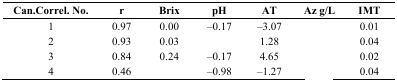
<table><thead><tr><td><b>Can.Correl. No.</b></td><td><b>r</b></td><td><b>Brix</b></td><td><b>pH</b></td><td><b>AT</b></td><td><b>Az g/L</b></td><td><b>IMT</b></td></tr></thead><tbody><tr><td>1</td><td>0.97</td><td>0.00</td><td>‒0.17</td><td>‒3.07</td><td>[EMPTY_CELL]</td><td>0.01</td></tr><tr><td>2</td><td>0.93</td><td>0.03</td><td>[EMPTY_CELL]</td><td>1.28</td><td>[EMPTY_CELL]</td><td>0.04</td></tr><tr><td>3</td><td>0.84</td><td>0.24</td><td>‒0.17</td><td>4.65</td><td>[EMPTY_CELL]</td><td>0.02</td></tr><tr><td>4</td><td>0.46</td><td>[EMPTY_CELL]</td><td>‒0.98</td><td>‒1.27</td><td>[EMPTY_CELL]</td><td>0.04</td></tr></tbody></table>